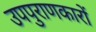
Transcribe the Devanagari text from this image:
उपपुराणकारों